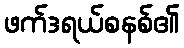
ဖက်ဒရယ်စနစ်၏